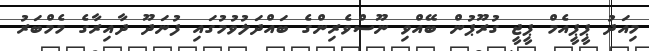
މިއަދު ޕީޕީއެމް ޕީޖީ ގުރޫޕުން ބޭއްވި ނޫސްވެރިންގެ ބައްދަލުވުމުގައި ފުނަދޫ ދާއިރާގެ މެމްބަރު